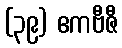
(၃၉) ဧကဗီဇီ